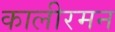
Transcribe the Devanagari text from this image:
कालीरमन